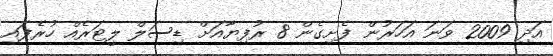
އަދި 2009 ވަނަ އަހަރުން ފެށިގެން 8 ރުފިޔާއަށް ޑިސަލް ލީޓަރެއް ހުރެފައި